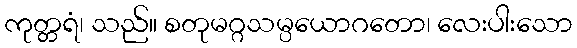
ကုတ္တရံ၊ သည်။ စတုမဂ္ဂသမ္ပယောဂတော၊ လေးပါးသော